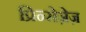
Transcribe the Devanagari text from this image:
प्रिन्सेज़ेज़